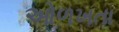
ઓળખતા